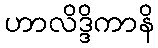
ဟာလိဒ္ဒိကာနိ